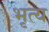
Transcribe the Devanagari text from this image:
भृत्‍य